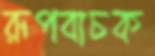
রূপবাচক